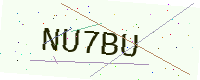
Text: NU7BU